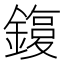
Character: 𨫙